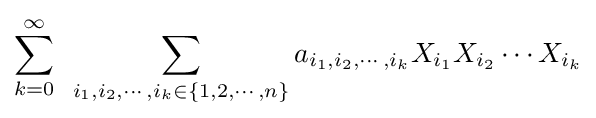
\sum \limits _{k=0}^{\infty }\,\,\,\sum \limits _{i_{1},i_{2},\cdots ,i_{k}\in \left\lbrace 1,2,\cdots ,n\right\rbrace }a_{i_{1},i_{2},\cdots ,i_{k}}X_{i_{1}}X_{i_{2}}\cdots X_{i_{k}}